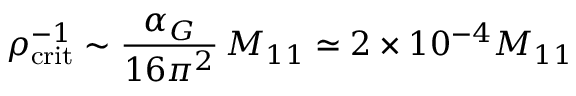
\rho _ { \mathrm { c r i t } } ^ { - 1 } \sim { \frac { \alpha _ { G } } { 1 6 \pi ^ { 2 } } } \, M _ { 1 1 } \simeq 2 \times 1 0 ^ { - 4 } M _ { 1 1 }